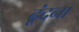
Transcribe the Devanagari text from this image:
ढूंदना